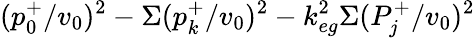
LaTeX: (p_{0}^{+}/v_{0})^{2}-\Sigma(p_{k}^{+}/v_{0})^{2}-k_{eg}^{2}\Sigma(P_{j}^{+}/v_{0})^{2}